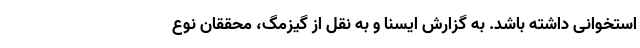
استخوانی داشته باشد. به گزارش ایسنا و به نقل از گیزمگ، محققان نوع